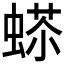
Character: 𧍠